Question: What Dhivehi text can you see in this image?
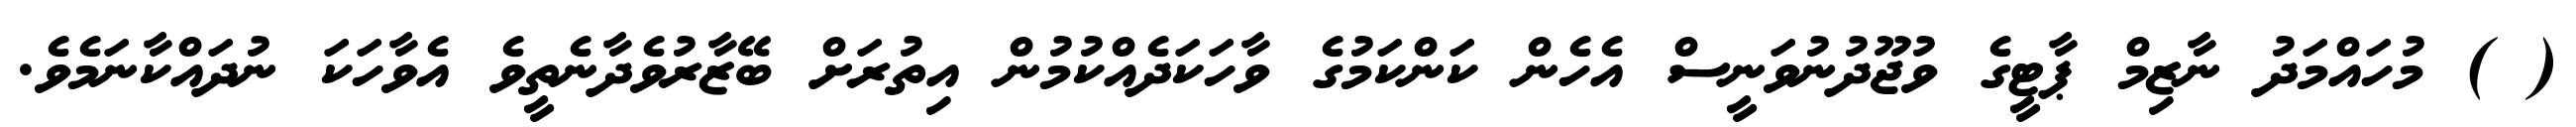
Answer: ( ) މުހައްމަދު ނާޒިމް ޕާޓީގެ ވުޖޫދުނުވަނީސް އެހެން ކަންކަމުގެ ވާހަކަދެއްކުމުން އިތުރަށް ބޭޒާރުވެދާނެތީވެ އެވާހަކަ ނުދައްކާނަމެވެ.